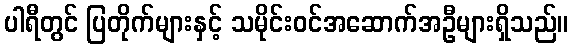
ပါရီတွင် ပြတိုက်များနှင့် သမိုင်းဝင်အဆောက်အဦများရှိသည်။